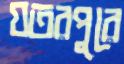
যতরপুরে